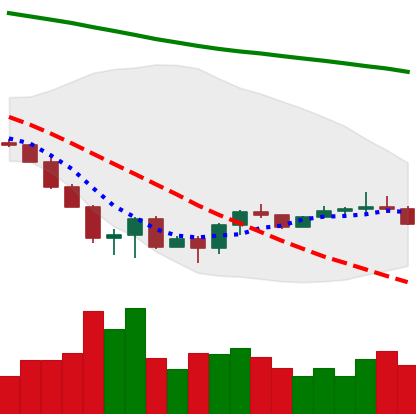
Ticker: ETC-USD
Chart end date: 2022-06-28
Forward return: -4.02%
Label: down_3_5